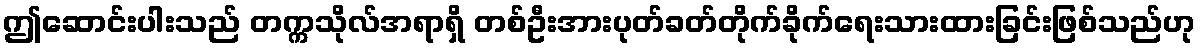
ဤဆောင်းပါးသည် တက္ကသိုလ်အရာရှိ တစ်ဦးအားပုတ်ခတ်တိုက်ခိုက်ရေးသားထားခြင်းဖြစ်သည်ဟု